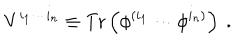
LaTeX: V ^ { i _ { 1 } \cdots i _ { n } } \equiv \mathrm { T r } \left( \phi ^ { ( i _ { 1 } } \cdots \phi ^ { i _ { n } ) } \right) ~ .